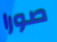
صورا